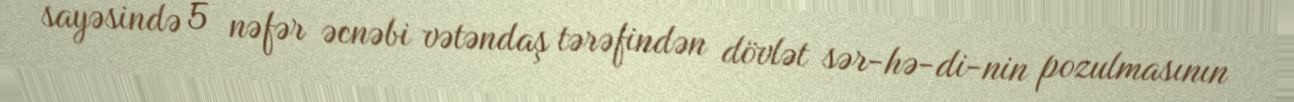
sayəsində 5 nəfər əcnəbi vətəndaş tərəfindən dövlət sər­hə­di­nin pozulmasının